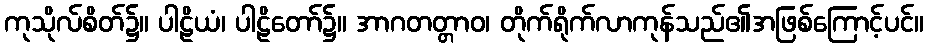
ကုသိုလ်စိတ်၌။ ပါဠိယံ၊ ပါဠိတော်၌။ အာဂတတ္တာဝ၊ တိုက်ရိုက်လာကုန်သည်၏အဖြစ်ကြောင့်ပင်။